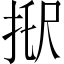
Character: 𢭑